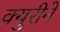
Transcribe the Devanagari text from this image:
क्युरीने